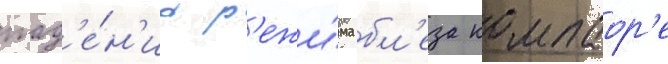
пад'е́н'иа р'ежи́ма бл'еза компаор'е